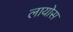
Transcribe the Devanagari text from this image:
लायोस